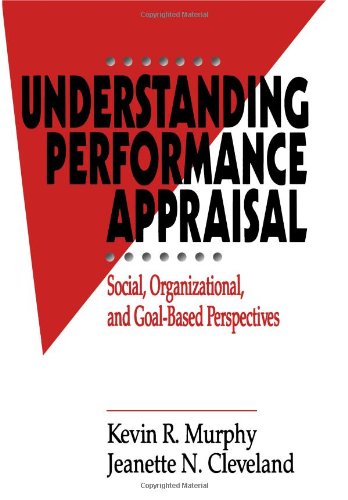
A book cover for Understanding Performance Appraisal: Social, Organizational, and Goal-Based Perspectives; Kevin R. Murphy; Medical Books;